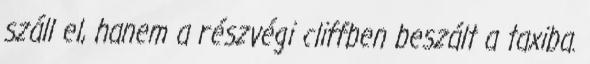
száll el, hanem a részvégi cliffben beszált a taxiba.